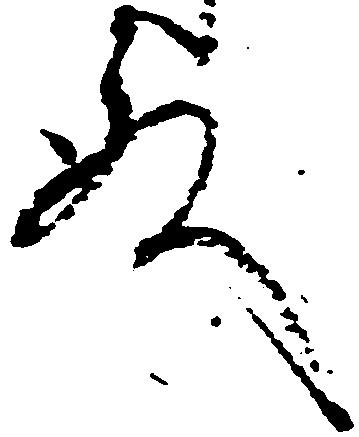
殿